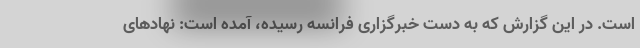
است. در این گزارش که به دست خبرگزاری فرانسه رسیده، آمده است: نهادهای